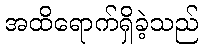
အထိရောက်ရှိခဲ့သည်